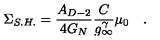
\Sigma _ { S . H . } = \frac { A _ { D - 2 } } { 4 G _ { N } } \frac { C } { g _ { \infty } ^ { \gamma } } \mu _ { 0 } \quad .